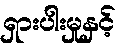
ရှားပါးမှုနှင့်